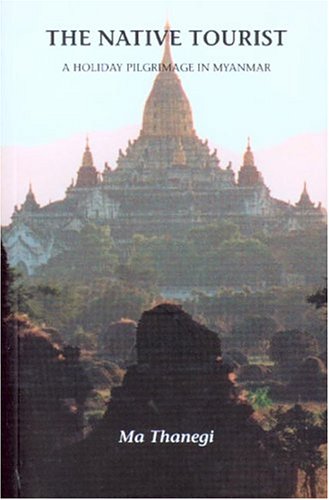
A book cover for The Native Tourist: A Holiday Pilgrimage in Myanmar; Ma Thanegi; Travel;